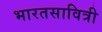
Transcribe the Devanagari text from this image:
भारतसावित्री